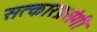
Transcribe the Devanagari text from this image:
सत्कारप्रसंगी